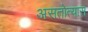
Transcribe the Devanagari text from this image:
असतोत्यास